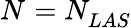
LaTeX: N_{}=N_{LAS}^{}